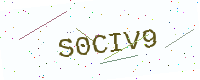
Text: S0CIV9